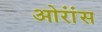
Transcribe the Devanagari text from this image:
ओरांंस